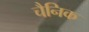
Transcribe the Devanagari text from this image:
चैनिक